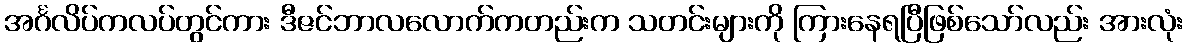
အင်္ဂလိပ်ကလပ်တွင်ကား ဒီဇင်ဘာလလောက်ကတည်းက သတင်းများကို ကြားနေရပြီဖြစ်သော်လည်း အားလုံး